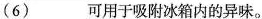
(6)___可用于吸附冰箱内的异味。